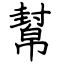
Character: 幫